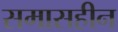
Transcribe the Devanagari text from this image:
समासहीन